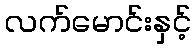
လက်မောင်းနှင့်